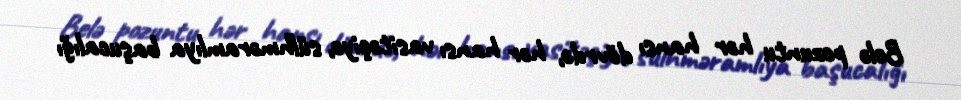
Belə pozuntu hər hansı dövrdə, hər hansı vasitəçiyə, sülhməramlıya başucalığı